Annual report of the Punjab Veterinary College and of the Civil Veterinary Department, Punjab - 1920-1925
Year: 1920
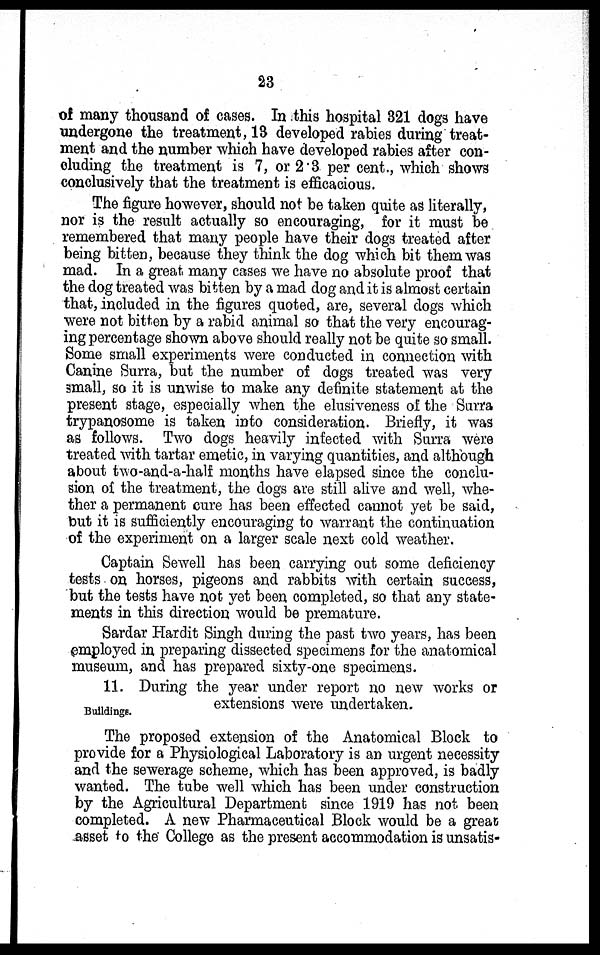
23
of many thousand of cases. In this hospital 321 dogs have
undergone the treatment, 13 developed rabies during treat-
ment and the number which have developed rabies after con-
cluding the treatment is 7, or 2.3 per cent., which shows
conclusively that the treatment is efficacious.
The figure however, should not be taken quite as literally,
nor is the result actually so encouraging, for it must be
remembered that many people have their dogs treated after
being bitten, because they think the dog which bit them was
mad. In a great many cases we have no absolute proof that
the dog treated was bitten by a mad dog and it is almost certain
that, included in the figures quoted, are, several dogs which
were not bitten by a rabid animal so that the very encourag-
ing percentage shown above should really not be quite so small.
Some small experiments were conducted in connection with
Canine Surra, but the number of dogs treated was very
small, so it is unwise to make any definite statement at the
present stage, especially when the elusiveness of the Surra
trypanosome is taken into consideration. Briefly, it was
as follows. Two dogs heavily infected with Surra were
treated with tartar emetic, in varying quantities, and although
about two-and-a-half months have elapsed since the conclu-
sion of the treatment, the dogs are still alive and well, whe-
ther a permanent cure has been effected cannot yet be said,
but it is sufficiently encouraging to warrant the continuation
of the experiment on a larger scale next cold weather.
Captain Sewell has been carrying out some deficiency
tests on horses, pigeons and rabbits with certain success,
but the tests have not yet been completed, so that any state-
ments in this direction would be premature.
Sardar Hardit Singh during the past two years, has been
employed in preparing dissected specimens for the anatomical
museum, and has prepared sixty-one specimens.
Buildings.
11. During the year under report no new works or
extensions were undertaken.
The proposed extension of the Anatomical Block to
provide for a Physiological Laboratory is an urgent necessity
and the sewerage scheme, which has been approved, is badly
wanted. The tube well which has been under construction
by the Agricultural Department since 1919 has not been
completed. A new Pharmaceutical Block would be a great
asset to the College as the present accommodation is unsatis-